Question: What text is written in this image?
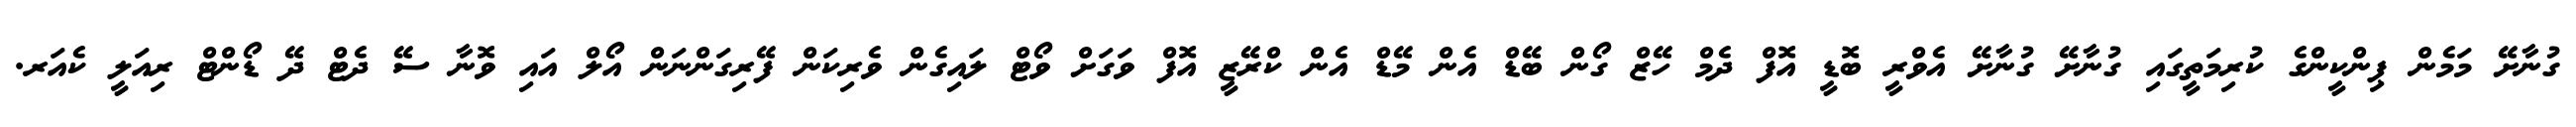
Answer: ގުނާށޭ މަމެން ޕިންކީންގެ ކުރިމަތީގައި ގުނާށޭ ގުނާށޭ އެވްރީ ބޮޑީ އޮފް ދެމް ހޭޒް ގޯން ބޭޑް އެން މޭޑް އެން ކްރޭޒީ އޮފް ވަގަށް ވޯޓް ލައިގެން ވެރިކަން ފޭރިގަންނަން އޯލް އައި ވޮނާ ސޭ ދެޓް ދޭ ޑޯންޓް ރިއަލީ ކެއަރ.